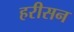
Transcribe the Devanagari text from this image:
हरीसन